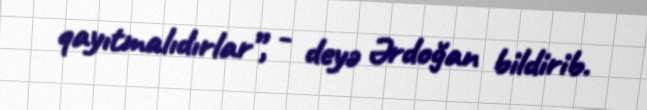
qayıtmalıdırlar”, - deyə Ərdoğan bildirib.